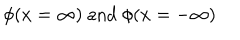
\phi ( x = \infty ) \textrm { a n d } \phi ( x = - \infty )